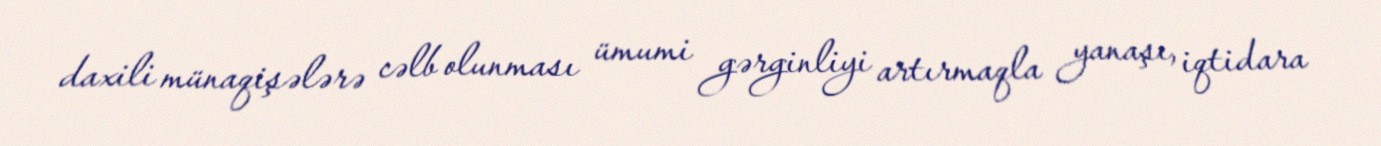
daxili münaqişələrə cəlb olunması ümumi gərginliyi artırmaqla yanaşı, iqtidara